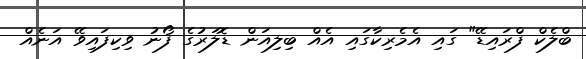
ބްލެކް ފްރައިޑޭ" ގައި އެމެރިކާގައި އެއް ބިލިއަން ޑޮލަރުގެ ފޯނު ވިކިފައިވޭ އަނެއް